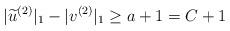
LaTeX: \begin{align*}|\widetilde{u}^{(2)}|_1 - |v^{(2)}|_1 \geq a + 1 = C + 1\end{align*}